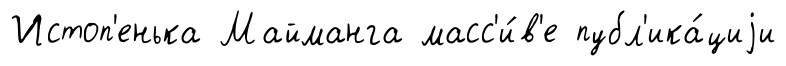
Истоп'енька Майманга масс'и́в'е публ'ика́циjи